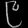
Digit: ၉